Indian journal of veterinary science and animal husbandry - Volume 5,
Year: 1935
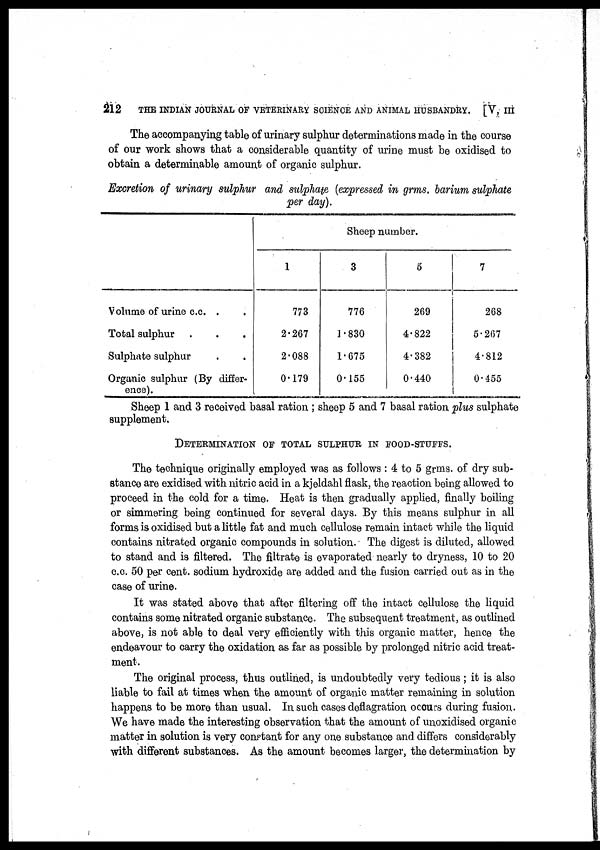
212
THE INDIAN JOURNAL OF VETERINARY SCIENCE AND ANIMAL HUSBANDRY. [V, III
The accompanying table of urinary sulphur determinations made in the course
of our work shows that a considerable quantity of urine must be oxidised to
obtain a determinable amount of organic sulphur.
Excretion of urinary sulphur and sulphate (expressed in grms. barium sulphate
per day).
Volume of urine c.c. .
Total sulphur . . .
Sulphate sulphur . .
Organic sulphur (By differ-
ence).
1
773
2.267
2.088
0.179
Sheep number.
3
776
1.830
1.675
0.155
5
269
4.822
4.382
0.440
7
268
5.267
4.812
0.455
Sheep 1 and 3 received basal ration ; sheep 5 and 7 basal ration plus sulphate
supplement.
DETERMINATION OF TOTAL SULPHUR IN FOOD-STUFFS.
The technique originally employed was as follows : 4 to 5 grms. of dry sub-
stance are exidised with nitric acid in a kjeldahl flask, the reaction being allowed to
proceed in the cold for a time. Heat is then gradually applied, finally boiling
or simmering being continued for several days. By this means sulphur in all
forms is oxidised but a little fat and much cellulose remain intact while the liquid
contains nitrated organic compounds in solution. The digest is diluted, allowed
to stand and is filtered. The filtrate is evaporated nearly to dryness, 10 to 20
c.c. 50 per cent. sodium hydroxide are added and the fusion carried out as in the
case of urine.
It was stated above that after filtering off the intact cellulose the liquid
contains some nitrated organic substance. The subsequent treatment, as outlined
above, is not able to deal very efficiently with this organic matter, hence the
endeavour to carry the oxidation as far as possible by prolonged nitric acid treat-
ment.
The original process, thus outlined, is undoubtedly very tedious; it is also
liable to fail at times when the amount of organic matter remaining in solution
happens to be more than usual. In such cases deflagration ocours during fusion.
We have made the interesting observation that the amount of unoxidised organic
matter in solution is very constant for any one substance and differs considerably
with different substances. As the amount becomes larger, the determination by